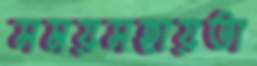
সময়সহায়তা